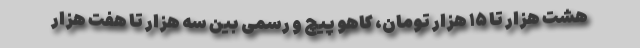
هشت هزار تا ۱۵ هزار تومان، کاهو پیچ و رسمی بین سه هزار تا هفت هزار